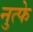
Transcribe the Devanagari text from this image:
नुत्फे